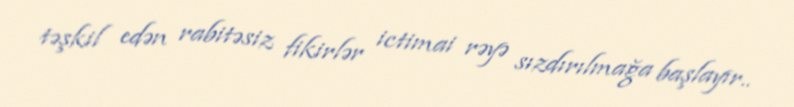
təşkil edən rabitəsiz fikirlər ictimai rəyə sızdırılmağa başlayır..